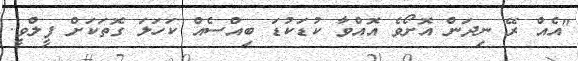
"އެއް ރޭ ނިދަން އޮށޯވެ އޮއްވާ ކުޑަކުޑަ ބިއްސެއް ކަހަލަ ގޮތަކަށް ފީލްވީ.